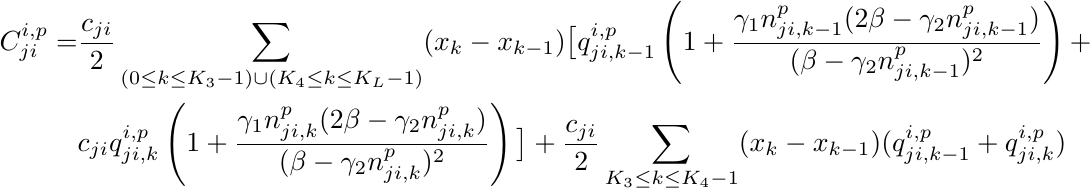
\begin{align*}
C_{ji}^{i,p}=
&\frac{c_{ji}}{2}\sum_{\scriptstyle (0\leq k \leq K_3-1)\cup(K_4\leq k \leq K_L-1)}(x_k-x_{k-1}) \big[q^{i,p}_{ji,k-1}\left(1+\frac{\gamma_1 n_{ji,k-1}^p(2\beta-\gamma_2  n_{ji,k-1}^p)}{(\beta-\gamma_2  n_{ji,k-1}^p)^2}\right)
+\\
&c_{ji} q^{i,p}_{ji,k}\left(1+\frac{\gamma_1 n_{ji,k}^p(2\beta-\gamma_2  n_{ji,k}^p)}{(\beta-\gamma_2  n_{ji,k}^p)^2}\right)
 \big]+ \frac{c_{ji}}{2} \sum_{K_3\leq k \leq K_4-1}(x_k-x_{k-1} )(q^{i,p}_{ji,k-1} +q^{i,p}_{ji,k})
 \end{align*}